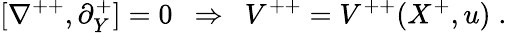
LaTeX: [\nabla^{++},\partial_{Y}^{+}]=0\ \ \Rightarrow\ \ V^{++}=V^{++}(X^{+},u)\; .